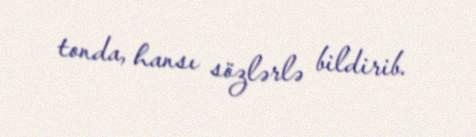
tonda, hansı sözlərlə bildirib.